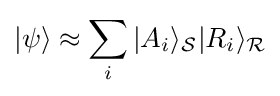
\vert \psi \rangle \approx \sum _{i}\vert A_{i}\rangle _{\mathcal {S}}\vert R_{i}\rangle _{\mathcal {R}}